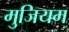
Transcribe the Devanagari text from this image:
मुजियम